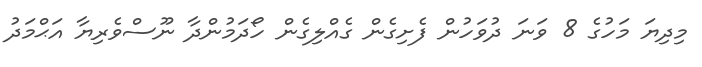
މިދިޔަ މަހުގެ 8 ވަނަ ދުވަހުން ފެށިގެން ގެއްލިގެން ހޯދަމުންދާ ނޫސްވެރިޔާ އަޙްމަދު